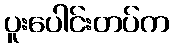
ပူးပေါင်းတပ်က